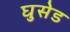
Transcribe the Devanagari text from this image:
घुसेड